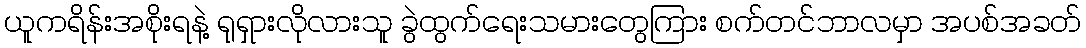
ယူကရိန်းအစိုးရနဲ့ ရုရှားလိုလားသူ ခွဲထွက်ရေးသမားတွေကြား စက်တင်ဘာလမှာ အပစ်အခတ်